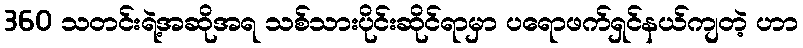
360 သတင်းရဲ့အဆိုအရ သစ်သားပိုင်းဆိုင်ရာမှာ ပရောဖက်ရှင်နယ်ကျတဲ့ ဟာ